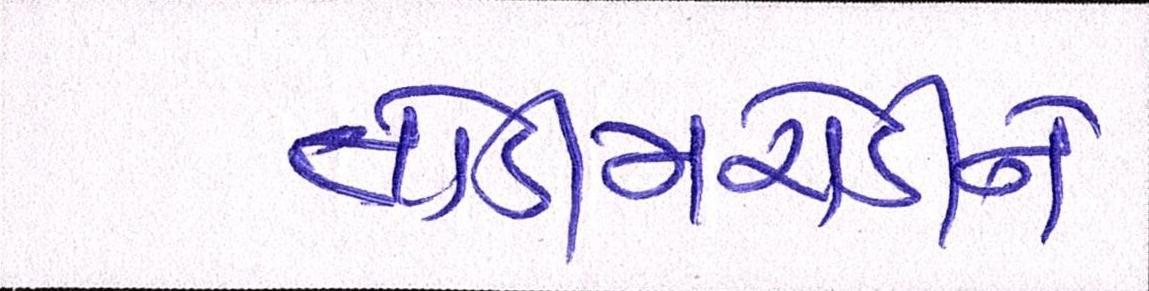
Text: તોડીમરોડીને